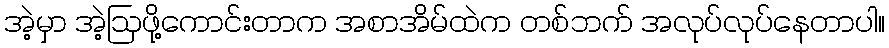
အဲ့မှာ အဲ့ဩဖို့ကောင်းတာက အစာအိမ်ထဲက တစ်ဘက် အလုပ်လုပ်နေတာပါ။